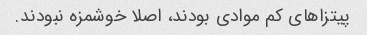
پیتزاهای کم موادی بودند، اصلا خوشمزه نبودند.